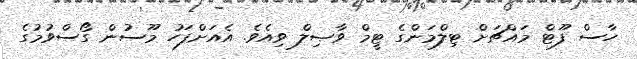
ހާސް ފޫޓް މައްޗަށް ޓިލްމަންގެ ޓީމް ވާޞިލް ވިއެވެ. އެއަށްފަހު މޫސުން ގޯސްވުމުގެ